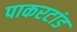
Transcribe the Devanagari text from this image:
पाकरटांड